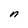
Character: n